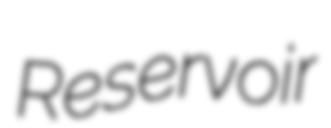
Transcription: Reservoir